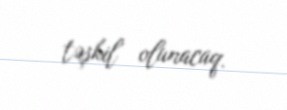
təşkil olunacaq.